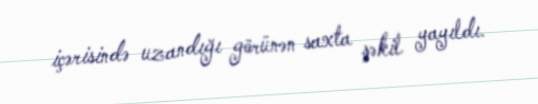
içərisində uzandığı görünən saxta şəkil yayıldı.